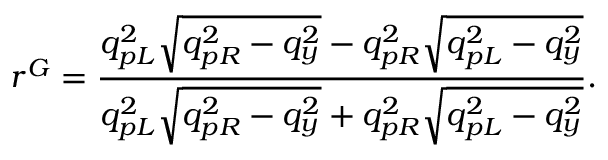
r ^ { G } = \frac { q _ { p L } ^ { 2 } \sqrt { q _ { p R } ^ { 2 } - q _ { y } ^ { 2 } } - q _ { p R } ^ { 2 } \sqrt { q _ { p L } ^ { 2 } - q _ { y } ^ { 2 } } } { q _ { p L } ^ { 2 } \sqrt { q _ { p R } ^ { 2 } - q _ { y } ^ { 2 } } + q _ { p R } ^ { 2 } \sqrt { q _ { p L } ^ { 2 } - q _ { y } ^ { 2 } } } .